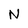
Character: N